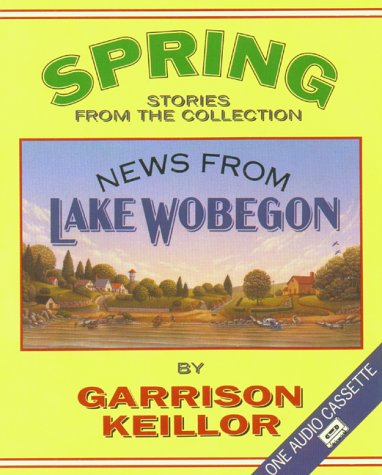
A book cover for Spring Stories from the Collection News from Lake Wobegon; Garrison Keillor; Humor & Entertainment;